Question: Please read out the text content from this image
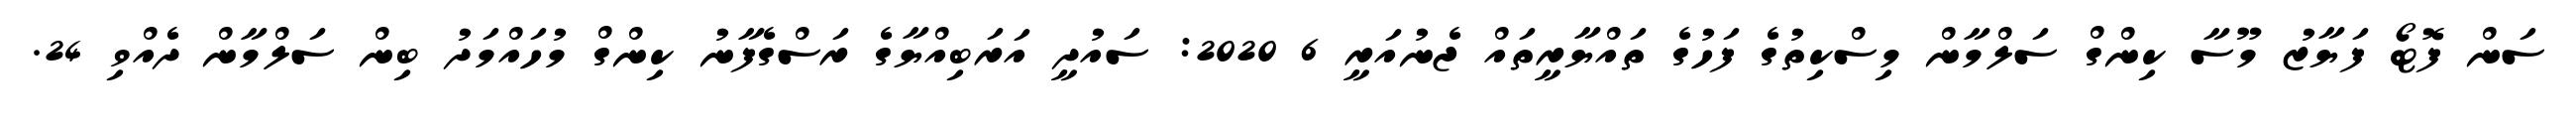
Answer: ސަން ފޮޓޯ ފަޔާޒު މޫސާ ކިންގް ސަލްމާން މިސްކިތުގެ ފަހުގެ ތައްޔާރީތައް ޖެނުއަރީ 6 2020: ސައުދީ އަރަބިއްޔާގެ ރަސްގެފާނު ކިންގް މުހައްމަދު ބިން ސަލްމާން ދެއްވި 24.